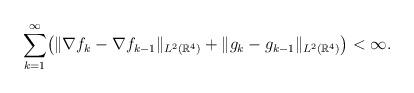
LaTeX: \begin{align*} \sum_{k = 1}^{\infty} \bigl( \|\nabla f_k - \nabla f_{k-1}\|_{L^2({\mathbb R}^4)}+ \|g_k - g_{k-1}\|_{L^2({\mathbb R}^4)}\bigr)< \infty.\end{align*}